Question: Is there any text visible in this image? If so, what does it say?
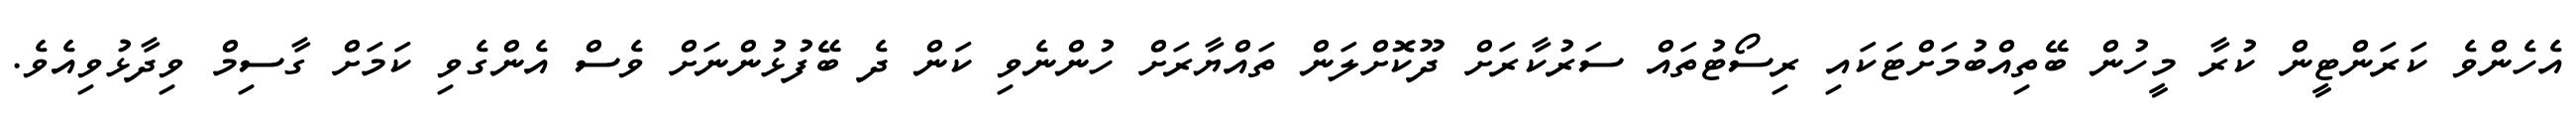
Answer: އެހެންވެ ކަރަންޓީން ކުރާ މީހުން ބޭތިއްބުމަށްޓަކައި ރިސޯޓުތައް ސަރުކާރަށް ދޫކޮށްލަން ތައްޔާރަށް ހުންނެވި ކަން ދެ ބޭފުޅުންނަށް ވެސް އެންގެވި ކަމަށް ގާސިމް ވިދާޅުވިއެވެ.